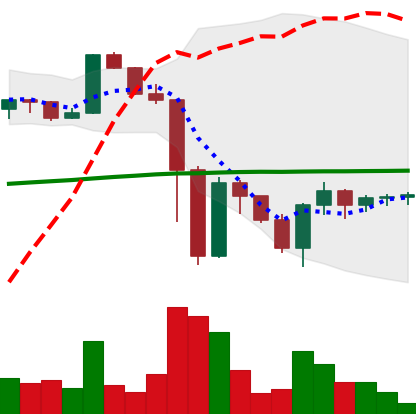
Ticker: XRP-USD
Chart end date: 2022-11-19
Forward return: 4.495%
Label: up_3_5